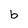
Character: b